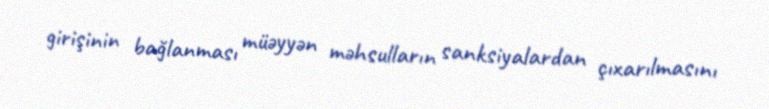
girişinin bağlanması müəyyən məhsulların sanksiyalardan çıxarılmasını